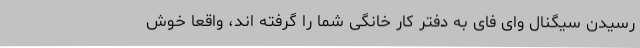
رسیدن سیگنال وای فای به دفتر کار خانگی شما را گرفته اند، واقعا خوش